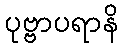
ပုဗ္ဗာပရာနိ